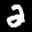
Label: 2